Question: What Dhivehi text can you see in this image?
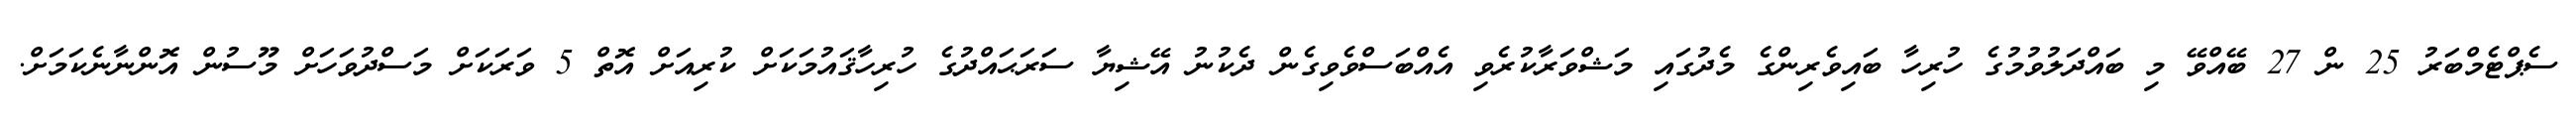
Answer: ސެޕްޓެމްބަރު 25 ން 27 ބޭއްވޭ މި ބައްދަލުވުމުގެ ހުރިހާ ބައިވެރިންގެ މެދުގައި މަޝްވަރާކުރެވި އެއްބަސްވެވިގެން ދެކުނު އޭޝިޔާ ސަރަޙައްދުގެ ހުރިހާޤައުމަކަށް ކުރިއަށް އޮތް 5 ވަރަކަށް މަސްދުވަހަށް މޫސުން އޮންނާނެކަމަށް.